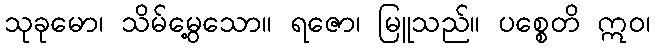
သုခုမော၊ သိမ်မွေ့သော။ ရဇော၊ မြူသည်။ ပစ္စေတိ ဣဝ၊